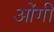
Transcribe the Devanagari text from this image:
ओंगी